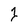
Character: 1